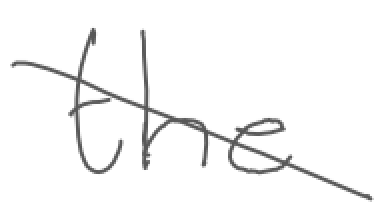
Text: the
Cross-out: diagonal
Writing tool: digital_gray